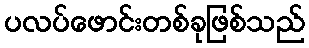
ပလပ်ဖောင်းတစ်ခုဖြစ်သည်